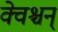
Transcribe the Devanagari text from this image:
क्वेश्चन्‌